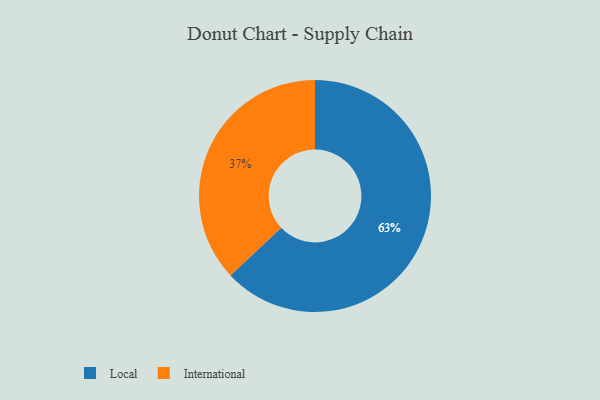
{"axis": {"x": "Category", "y": "Percentage"}, "legend": ["International", "Local"], "data": [{"x": "International", "y": 37, "type": "International"}, {"x": "Local", "y": 63, "type": "Local"}]}